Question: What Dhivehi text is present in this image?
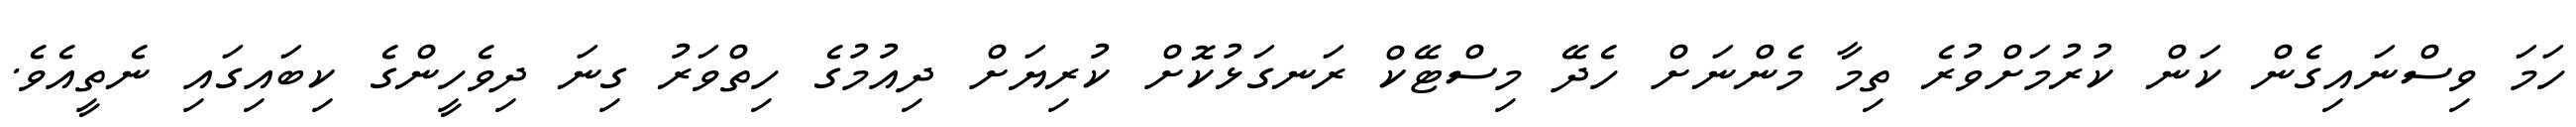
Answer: ހަމަ ވިސްނައިގެން ކަން ކުރުމަށްވުރެ ތިމާ މެންނަށް ހެދޭ މިސްޓޭކް ރަނގަޅުކޮށް ކުރިޔަށް ދިއުމުގެ ހިތްވަރު ގިނަ ދިވެހީންގެ ކިބައިގައި ނެތީއެވެ.